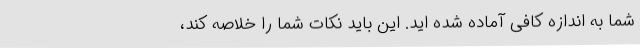
شما به اندازه کافی آماده شده اید. این باید نکات شما را خلاصه کند،